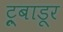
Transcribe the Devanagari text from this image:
ट्रूबाडूर